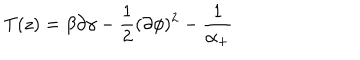
T ( z ) = \beta \partial \gamma - \frac 1 2 ( \partial \phi ) ^ { 2 } - \frac 1 { \alpha _ { + } }